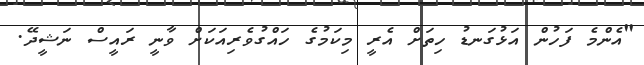
"އެންމެ ފަހުން އަޅުގަނޑު ހިތަށް އެރީ މިކަމުގެ ހައްގުވެރިއަކަށް ވާނީ ރައީސް ނަޝީދޭ.